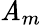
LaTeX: \mathit{A}_{m}